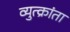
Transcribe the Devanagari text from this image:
व्युत्क्रांता